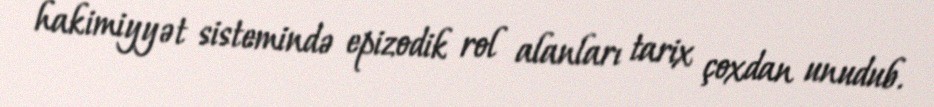
hakimiyyət sistemində epizodik rol alanları tarix çoxdan unudub.